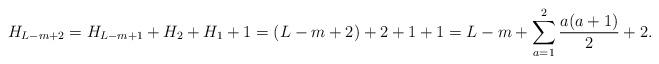
LaTeX: \begin{align*}H_{L-m+2}=H_{L-m+1}+H_2+H_1+1 = (L-m+2)+2+1+1 = L-m + \sum_{a=1}^{2}\frac{a(a+1)}{2}+2.\end{align*}